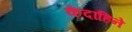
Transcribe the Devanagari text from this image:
केदाहिने